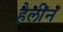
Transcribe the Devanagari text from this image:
हेलीन